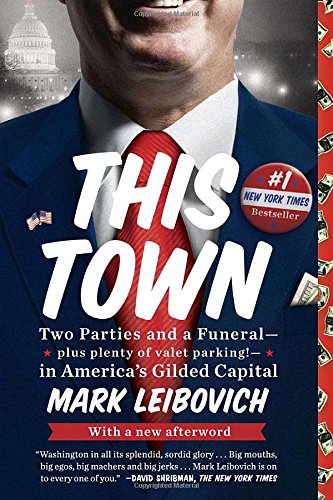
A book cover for This Town: Two Parties and a Funeral-Plus, Plenty of Valet Parking!-in America's Gilded Capital; Mark Leibovich; Politics & Social Sciences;